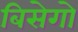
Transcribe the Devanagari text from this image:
बिसेगो